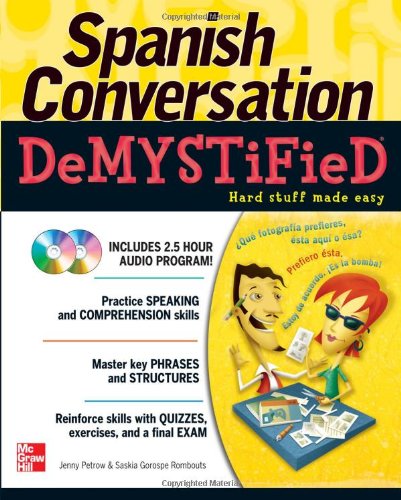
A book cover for Spanish Conversation Demystified with Two Audio CDs; Jenny Petrow; Travel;